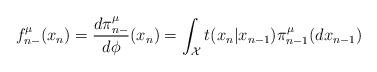
LaTeX: \begin{align*}f_{n-}^{\mu}(x_{n})=\frac{d \pi_{n-}^{\mu}}{d\phi}(x_{n})=\int_{\mathcal{X}}t(x_{n}|x_{n-1})\pi_{n-1}^{\mu}(dx_{n-1})\end{align*}